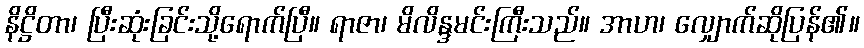
နိဋ္ဌိတာ၊ ပြီးဆုံးခြင်းသို့ရောက်ပြီ။ ရာဇာ၊ မိလိန္ဒမင်းကြီးသည်။ အာဟ၊ လျှောက်ဆိုပြန်၏။